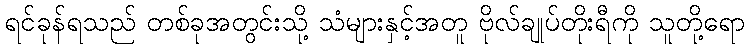
ရင်ခုန်ရသည် တစ်ခုအတွင်းသို့ သံများနှင့်အတူ ဗိုလ်ချုပ်တိုးရီကို သူတို့ရော